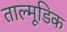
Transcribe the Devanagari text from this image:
ताल्मूडिक